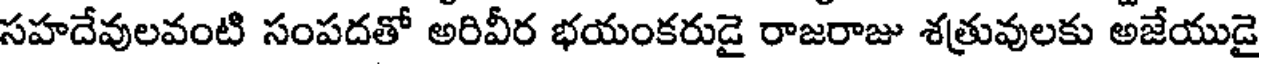
సహదేవులవంటి సంపదతో అరివీర భయంకరుడై రాజరాజు శత్రువులకు అజేయుడై